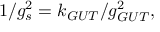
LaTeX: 1 / g _ { s } ^ { 2 } = k _ { G U T } / g _ { G U T } ^ { 2 } ,